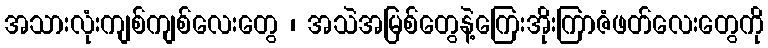
အသားလုံးကျစ်ကျစ်လေးတွေ ၊ အသဲအမြစ်တွေနဲ့ကြေးအိုးကြာဇံဖတ်လေးတွေကို